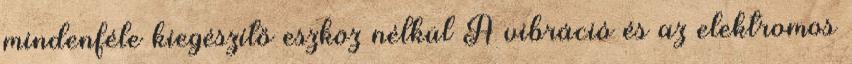
mindenféle kiegészítő eszköz nélkül A vibráció és az elektromos